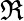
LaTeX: \Re